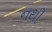
નથી